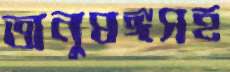
অনুষঙ্গসহ